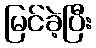
မြင်ခဲ့ပြီး